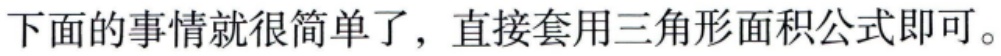
下面的事情就很简单了，直接套用三角形面积公式即可。